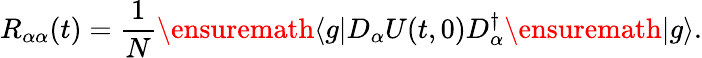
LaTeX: R_{\alpha\alpha}(t)=\frac{1}{N}\ensuremath{\langle g|}D_{\alpha}U(t,0)D_{\alpha}^{\dagger}\ensuremath{|g\rangle}.